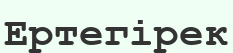
Ертегірек